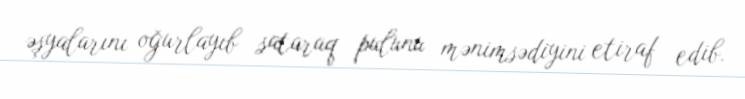
əşyalarını oğurlayıb sataraq pulunu mənimsədiyini etiraf edib.